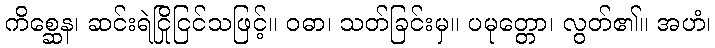
ကိစ္ဆေန၊ ဆင်းရဲငြိုငြင်သဖြင့်။ ဝဓာ၊ သတ်ခြင်းမှ။ ပမုတ္တော၊ လွတ်၏။ အဟံ၊